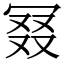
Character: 𠖎